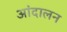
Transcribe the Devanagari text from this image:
आंदालन